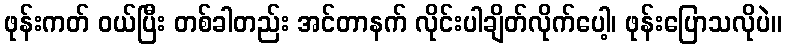
ဖုန်းကတ် ဝယ်ပြီး တစ်ခါတည်း အင်တာနက် လိုင်းပါချိတ်လိုက်ပေါ့၊ ဖုန်းပြောသလိုပဲ။